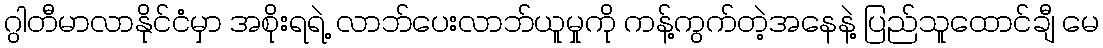
ဂွါတီမာလာနိုင်ငံမှာ အစိုးရရဲ့ လာဘ်ပေးလာဘ်ယူမှုကို ကန့်ကွက်တဲ့အနေနဲ့ ပြည်သူထောင်ချီ မေ